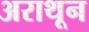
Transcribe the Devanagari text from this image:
अराथून